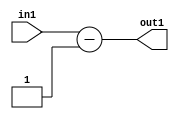
`timescale 1ps / 1ps
/*****************************************************************************
    Verilog RTL Description
    
    
    Created by: Stratus DpOpt 2019.1.01 
*******************************************************************************/

module feature_write_addr_gen_Subi1u3_4_2 (
	in1,
	out1
	); /* architecture "behavioural" */ 
input [2:0] in1;
output [2:0] out1;
wire [2:0] asc001;

assign asc001 = 
	+(in1)
	-(3'B001);

assign out1 = asc001;
endmodule

/* CADENCE  urn5Qwk= : u9/ySgnWtBlWxVPRXgAZ4Og= ** DO NOT EDIT THIS LINE ******/